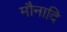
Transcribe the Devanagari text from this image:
मौनादि